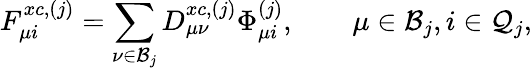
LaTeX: F_{\mu i}^{xc,(j)}=\sum_{\nu\in\mathcal{B}_{j}}D_{\mu\nu}^{xc,(j)}\Phi_{\mu i}^{(j)},\qquad\mu\in\mathcal{B}_{j},i\in\mathcal{Q}_{j},